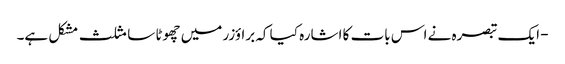
- ایک تبصرہ نے اس بات کا اشارہ کیا کہ براؤزر میں چھوٹا سا مثلث مشکل ہے۔